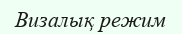
Визалық режим